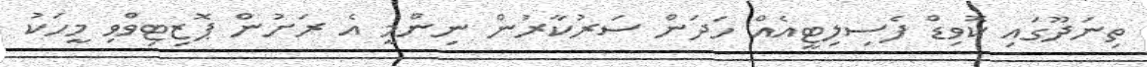
ތިނަދޫގައި ކޮވިޑް ފެސިލިޓީއެއް ހަދަން ސަރުކާރުން ނިންމީ އެ ރަށުން ޕޮޒިޓިވްވި މީހަކު